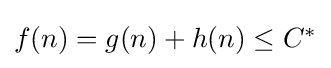
{\textstyle f(n)=g(n)+h(n)\leq C^{*}}